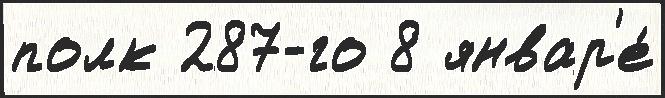
полк 287-го 8 январ'е́